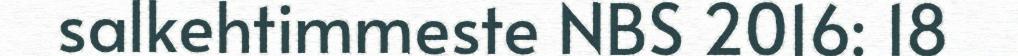
salkehtimmeste NBS 2016: 18